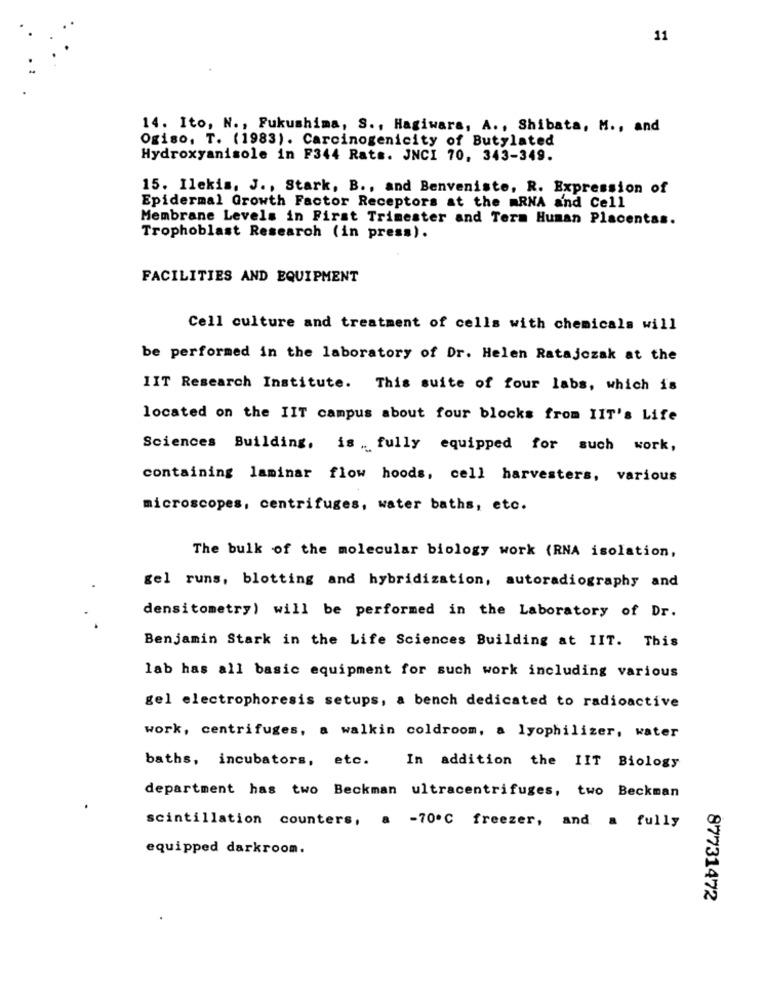
11
14. Ito, N ., Fukushima, S ., Hagiwara, A ., Shibata, M ., and
Ogiso, T. (1983). Carcinogenicity of Butylated
Hydroxyanisole in F344 Rats. JNCI 70, 343-349.
15. Ilekis, J ., Stark, B ., and Benveniste, R. Expression of
Epidermal Growth Factor Receptors at the mRNA and Cell
Membrane Levels in First Trimester and Term Human Placentas.
Trophoblast Research (in press).
FACILITIES AND EQUIPMENT
Cell culture and treatment of cells with chemicals will
be performed in the laboratory of Dr. Helen Ratajczak at the
IIT Research Institute. This suite of four labs, which is
located on the IIT campus about four blocks from IIT's Life
Sciences Building, is .. fully equipped for such work,
containing laminar flow hoods, cell harvesters, various
microscopes, centrifuges, water baths, etc.
The bulk of the molecular biology work (RNA isolation,
gel runs, blotting and hybridization, autoradiography and
densitometry) will be performed in the Laboratory of Dr.
Benjamin Stark in the Life Sciences Building at IIT. This
lab has all basic equipment for such work including various
gel electrophoresis setups, a bench dedicated to radioactive
work, centrifuges, a walkin coldroom, a lyophilizer, water
baths, incubators, etc. In addition the IIT Biology
department has two Beckman ultracentrifuges, two Beckman
scintillation counters, a -70℃ freezer, and a fully
equipped darkroom.
87731472